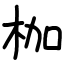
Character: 枷